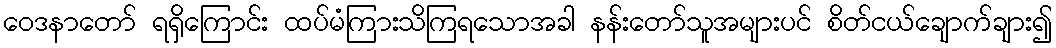
ဝေဒနာတော် ရရှိကြောင်း ထပ်မံကြားသိကြရသောအခါ နန်းတော်သူအများပင် စိတ်ငယ်ချောက်ချား၍